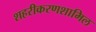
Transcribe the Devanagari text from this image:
शहरीकरणशामिल